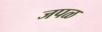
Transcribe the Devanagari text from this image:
जपळ